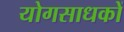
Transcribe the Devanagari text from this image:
योगसाधकों